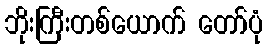
ဘိုးကြီးတစ်ယောက် တော်ပုံ